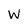
Character: W